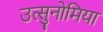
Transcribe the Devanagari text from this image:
उत्सुनोमिया